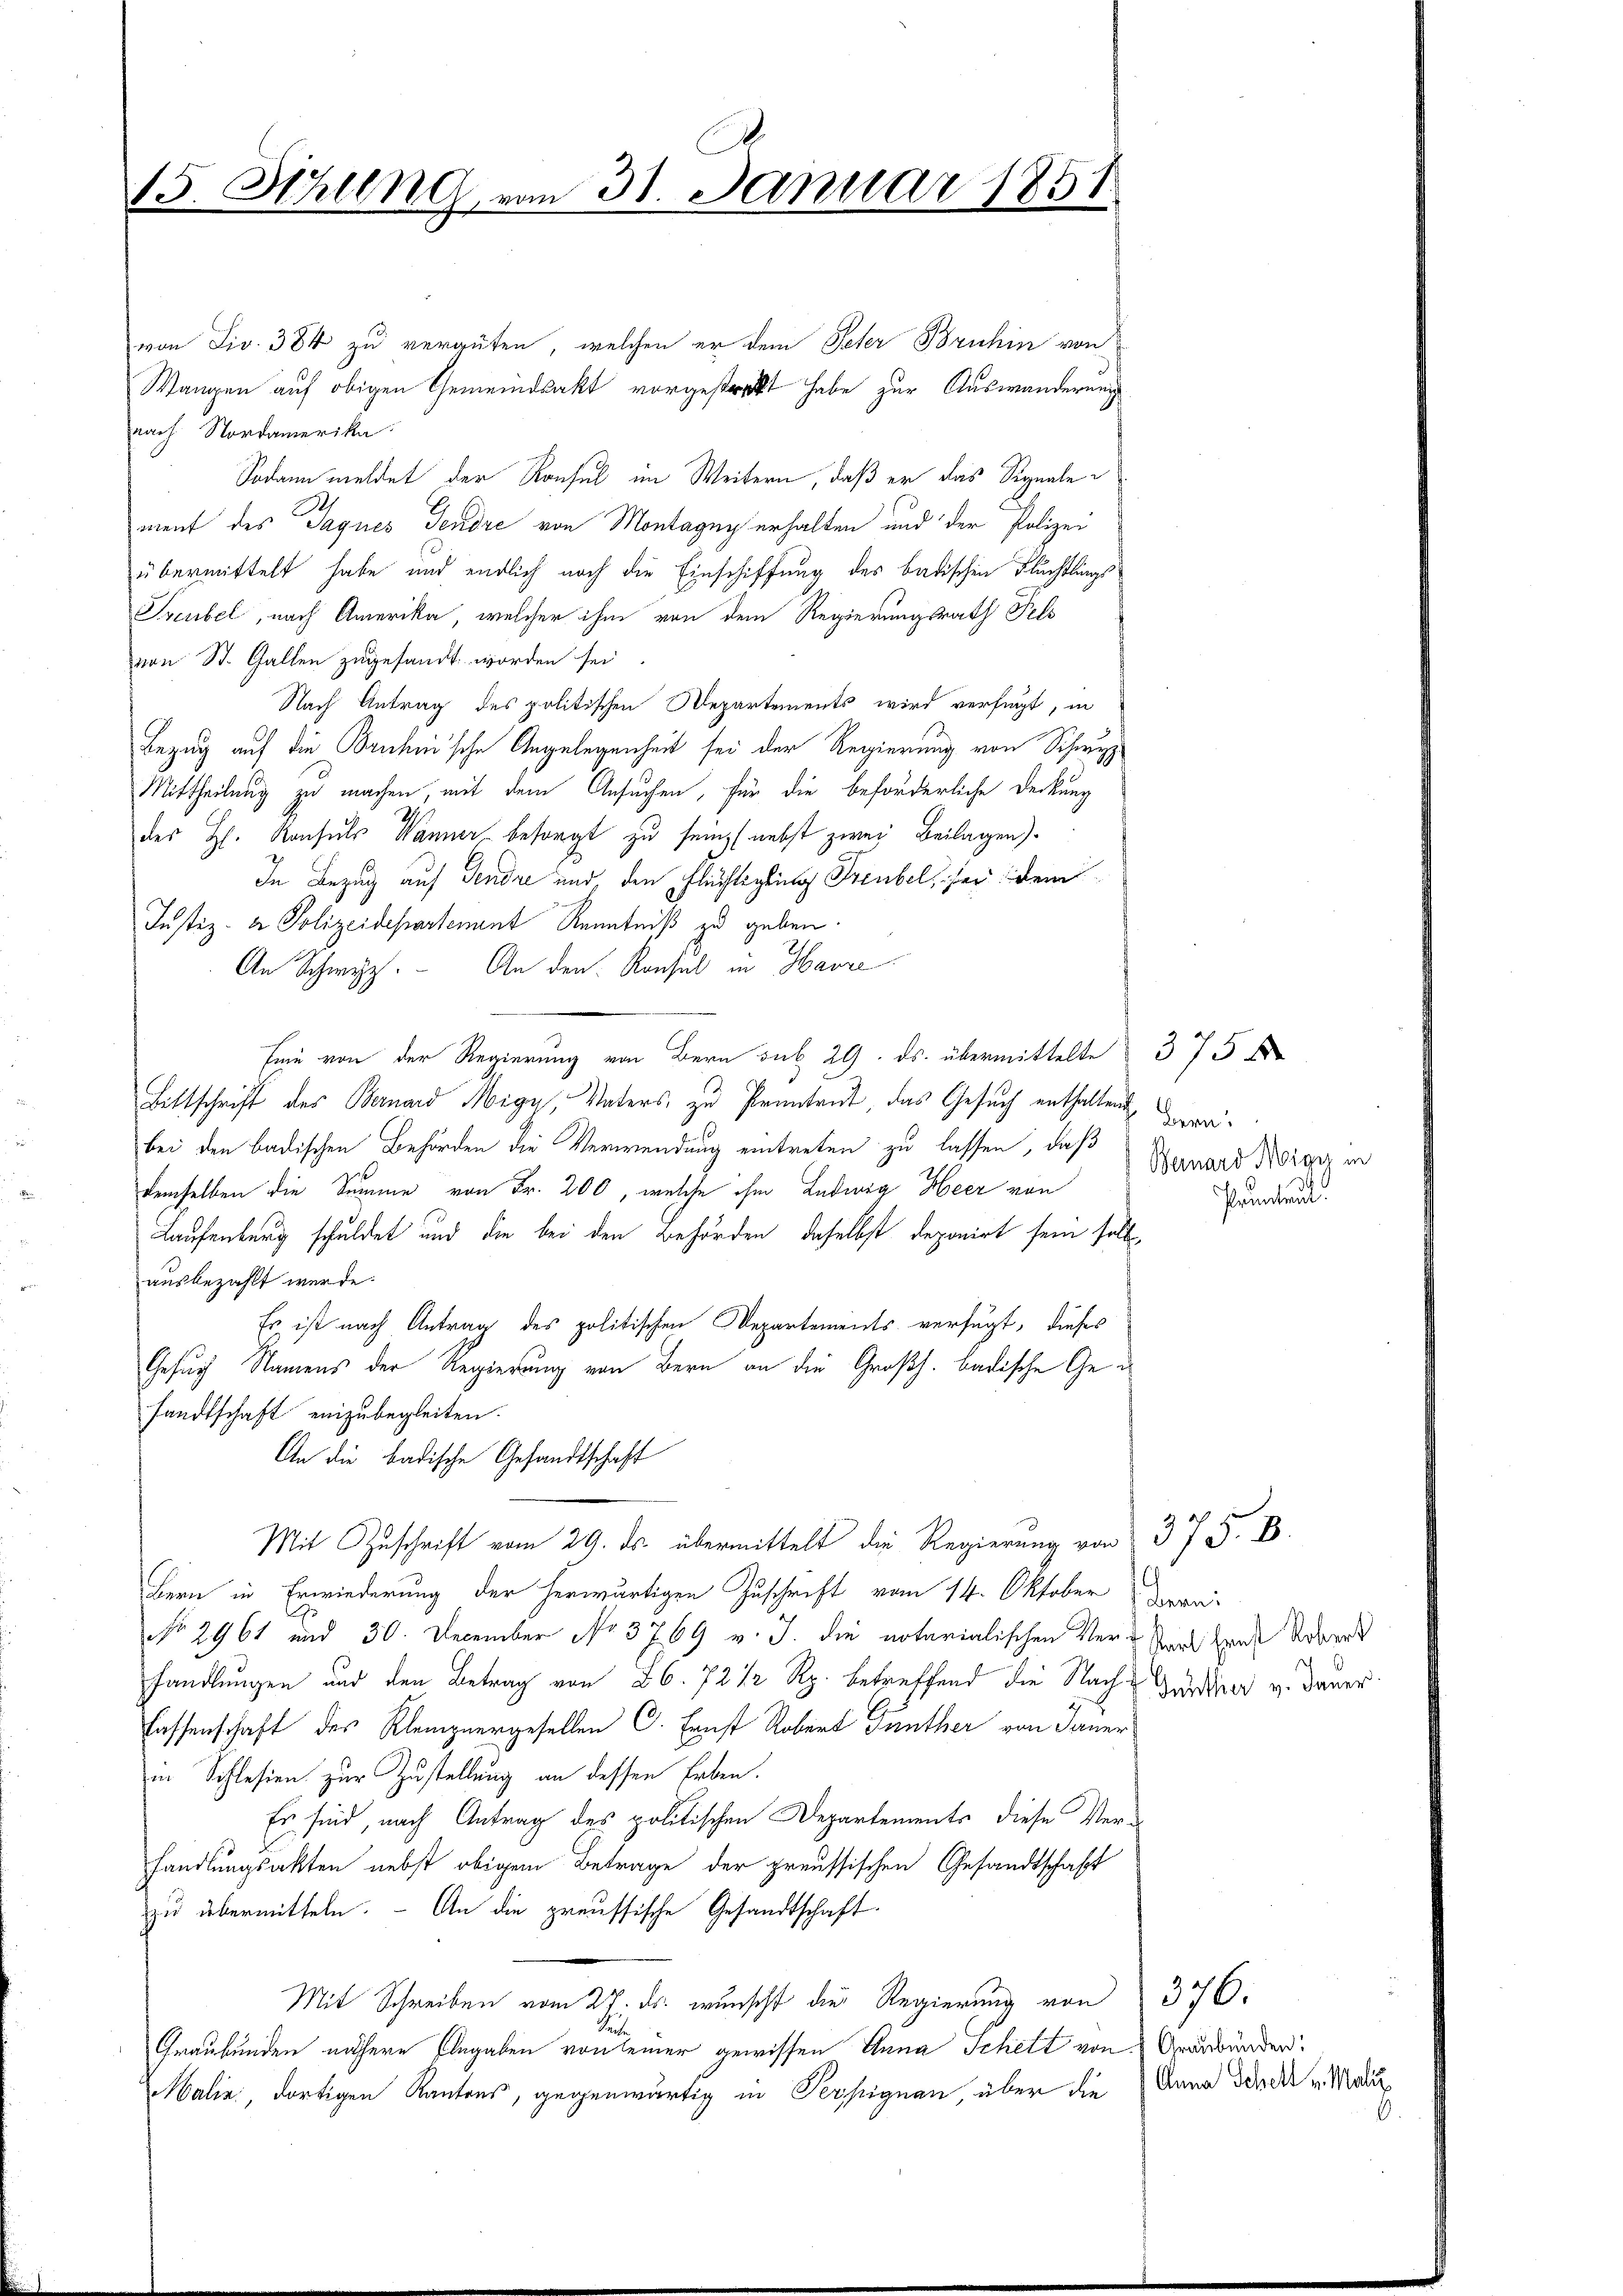
15. Ahllng von 31. Janua
N 1837.

von Dir. 384 zu vergüten, welchen er dem Peter Bruhin von
Wangen auf obigen Gemeindsakt vorgestreckt habe zur Auswanderung
nach Nordamerika
Sodann meldet der Konsul im Weitern, daß er das Signale
ment des Tagnes Tenore von Montagug erhalten und der Polizei
übermittelt habe und endlich noch die Einschiffung des badischen Flüchtlings
Sveubel, nach Amerika, welcher ihm von dem Regierungsrath Fels
von St. Gallen zugesandt worden sei.
Nach Antrag des politischen Departements wird verfügt, in
Bezug auf die Bruchnische Angelegenheit sei der Regierung von Schwyz
Mittheilung zu machen, mit dem Ansuchen, für die beförderliche Deckung
des H. Konsuls Wanner besorgt zu sein, (nebst zwei Beilagen)
In Bezug auf Tendre und, den Flüchtigung Treubel, sei dem
Justiz- & Polizeidepartement Kenntniß zu geben.
An Schwyz. An den Konsul in Havre
Eine von der Regierung von Bern sub 29. ds. übermittelte 375 f
Bittschrift des Bernard Migy, Vaters, zu Pruntrut, das Gesuch enthalten webei den badischen Behörden die Verwendung eintreten zu lassen, daß
demselben die Summe von Fr. 200, welche ihm Ludwig Heer von
Laufenburg schuldet und die bei den Behörden, daselbst deponirt sein soll,
ausbezahlt werde.
Es ist nach Antrag des politischen Departements verfügt, dieses
Gesuch Namens der Regierung von Bern an die Großh. badische Gesandtschaft einzubegleiten.
An die badische Gesandtschaft
Mit Zuschrift vom 29. ds. übermittelt die Regierung von
Bern in Erwiederung der herwärtigen Zuschrift vom 14. Oktober Daran
NNo. 2961 und 30. December No. 3769 v. J. die notarialischen Ver- Saal Hande Uebered
handlungen und den Betrag von 26. 72 1/2 Rp. betreffend die Nachlassenschaft des Kleinzuergesellen C. Ernst Robert Günther von Janer
in Schlesien zur Zustellung an dessen Erben.
Es sind, nach Antrag des politischen Departements diese Verhandlungsakten nebst obigem Betrage der preussischen Gesandtschaft
zu übermitteln. - An die preussische Gesandtschaft
Mit Schreiben vom 27. ds. wunscht die Regierung von 376.
de
Graubünden nähere Elegaben von seiner gewissen Anna Schett von 2 Graubünden.
Malin, dortigen Kantons, gegenwärtig in Peysignan, über die Anna der der u. Marie

Bernard Nigy in
Pruntreut.

Günther v. Janer

375. 8.

9